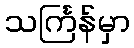
သင်္ကြန်မှာ